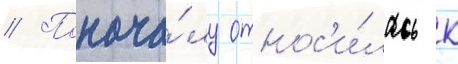
// Понача́лу относ'и́лась к